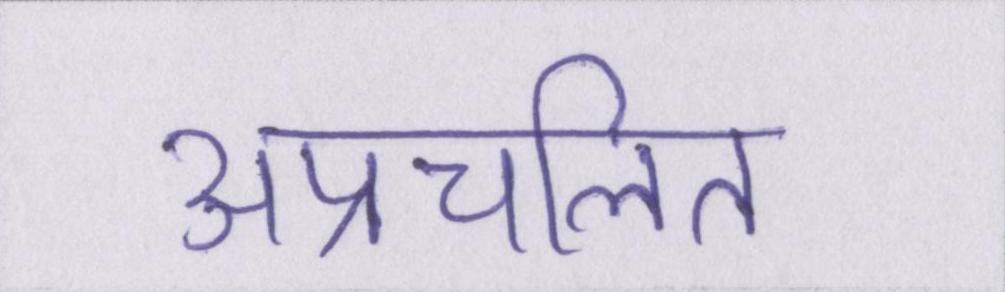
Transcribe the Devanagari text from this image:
अप्रचलित